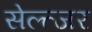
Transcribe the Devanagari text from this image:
सेल्त्जर